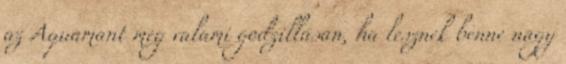
az Aquamant meg valami godzillásan, ha lesznek benne nagy